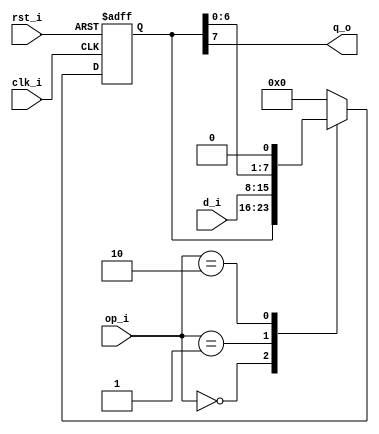
// Name: piso_reg.v
//
// Description: Parallel In - Serial Out to the left register 

module piso_reg #(
  parameter Width = 8	
) (
  input             rst_i,
  input             clk_i,
  input [Width-1:0] d_i,
  input       [1:0] op_i,
  output            q_o
);	

  reg [Width-1:0] mux_d, reg_q;
	
  always @(d_i, op_i, reg_q) begin
    case (op_i)
      2'b00   : mux_d = reg_q;
      2'b01   : mux_d = d_i;
      2'b10   : mux_d = {reg_q[Width-2:0], 1'b0};
      default : mux_d = 0;
    endcase
  end	

  always @(posedge clk_i, posedge rst_i) begin
    if (rst_i)
      reg_q <= 0;
    else
      reg_q <= mux_d;	 
  end

  assign q_o = reg_q[Width-1];

endmodule